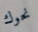
نحوك